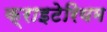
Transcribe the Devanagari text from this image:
क्राइटेरियम